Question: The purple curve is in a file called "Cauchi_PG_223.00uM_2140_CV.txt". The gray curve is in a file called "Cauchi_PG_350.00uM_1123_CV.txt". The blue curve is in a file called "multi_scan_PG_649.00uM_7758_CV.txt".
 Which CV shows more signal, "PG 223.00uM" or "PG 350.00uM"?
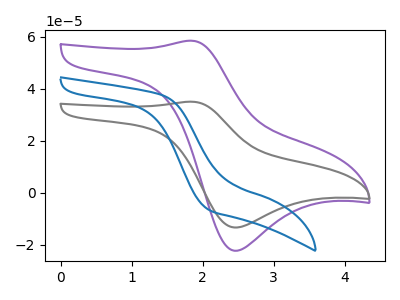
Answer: <think>The purple curve "PG 223.00uM" has an anodic peak at (1.85V, 58.45uA) and a cathodic peak at (2.45V, -22.30uA). The gray curve "PG 350.00uM" has an anodic peak at (1.85V, 35.00uA) and a cathodic peak at (2.45V, -13.35uA). The blue curve "PG 649.00uM" has no peaks.
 All the peaks in "PG 223.00uM" have a peak in "PG 350.00uM" at the same potential. Every peak in "PG 223.00uM" is higher than every peak in "PG 350.00uM".</think>
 <answer>"PG 223.00uM" has more signal than "PG 350.00uM".</answer>
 <eval>more_signal</eval>